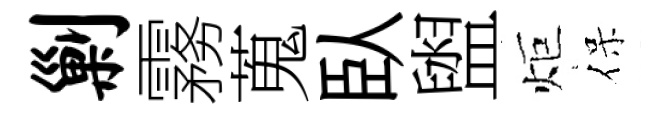
剿霧蒐臥盥炬保